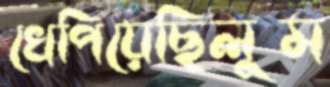
খেপিয়েছিলুম